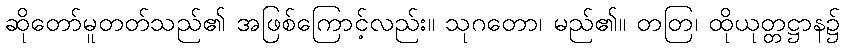
ဆိုတော်မူတတ်သည်၏ အဖြစ်ကြောင့်လည်း။ သုဂတော၊ မည်၏။ တတြ၊ ထိုယုတ္တဋ္ဌာန၌